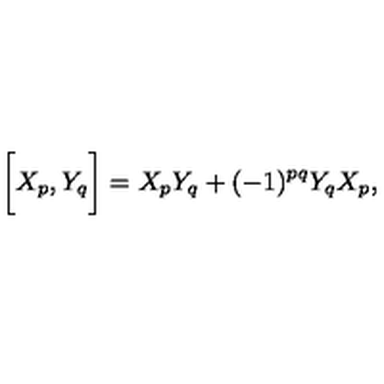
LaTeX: \biggl [ X _ { p } , Y _ { q } \biggr ] = X _ { p } Y _ { q } + ( - 1 ) ^ { p q } Y _ { q } X _ { p } ,